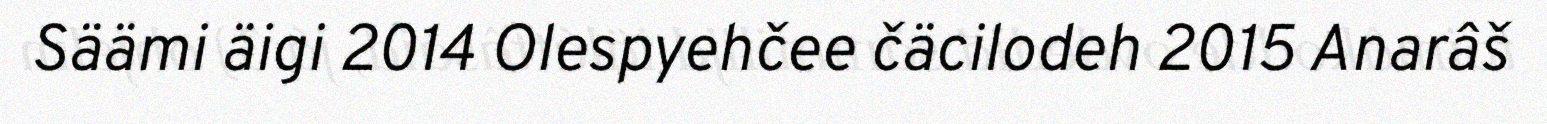
Säämi äigi 2014 Olespyehčee čäcilodeh 2015 Anarâš